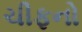
ચીફનો